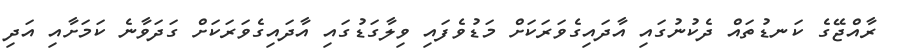
ރާއްޖޭގެ ކަނޑުތައް ދެކުނުގައި އާދައިގެވަރަކަށް މަޑުވެފައި ވިލާގަޑުގައި އާދައިގެވަރަކަށް ގަދަވާނެ ކަމަށާއި އަދި